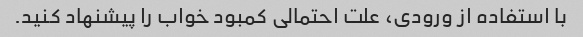
با استفاده از ورودی، علت احتمالی کمبود خواب را پیشنهاد کنید.